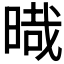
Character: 𣈻